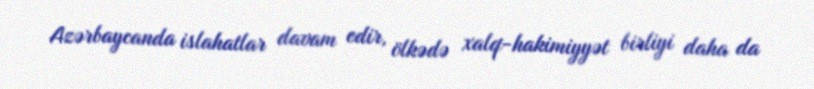
Azərbaycanda islahatlar davam edir, ölkədə xalq-hakimiyyət birliyi daha da